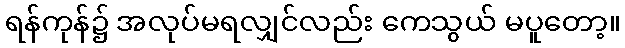
ရန်ကုန်၌ အလုပ်မရလျှင်လည်း ကေသွယ် မပူတော့။